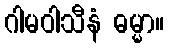
ဂါမဝါသီနံ ဓမ္မာ။